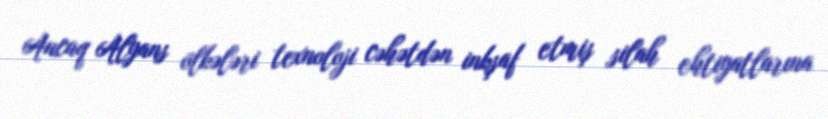
Ancaq Alyans ölkələri texnoloji cəhətdən inkşaf etmiş silah ehtiyatlarına